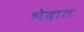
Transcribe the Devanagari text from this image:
भेदात